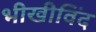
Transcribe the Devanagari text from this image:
भीखीविंद